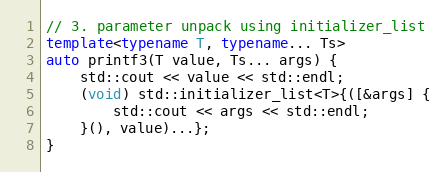
Language: C++
// 3. parameter unpack using initializer_list
template<typename T, typename... Ts>
auto printf3(T value, Ts... args) {
    std::cout << value << std::endl;
    (void) std::initializer_list<T>{([&args] {
        std::cout << args << std::endl;
    }(), value)...};
}